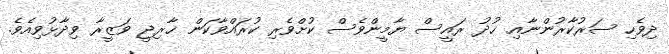
ދިވެހި ސަރުކާރުންނާއި ޚުދު ރައީސް ޔާމީންވެސް ކުށްވެރި ކުރައްވާކަން ޚާރިޖީ ވަޒީރާ ވިދާޅުވިއެވެ.